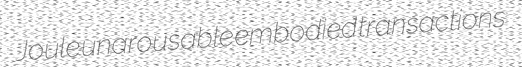
Joule unarousable embodied transactions